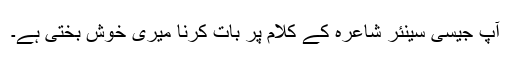
آپ جیسی سینئر شاعرہ کے کلام پر بات کرنا میری خوش بختی ہے۔